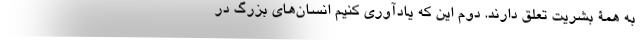
به همۀ بشریت تعلق دارند. دوم این که یادآوری کنیم انسان‌های بزرگ در